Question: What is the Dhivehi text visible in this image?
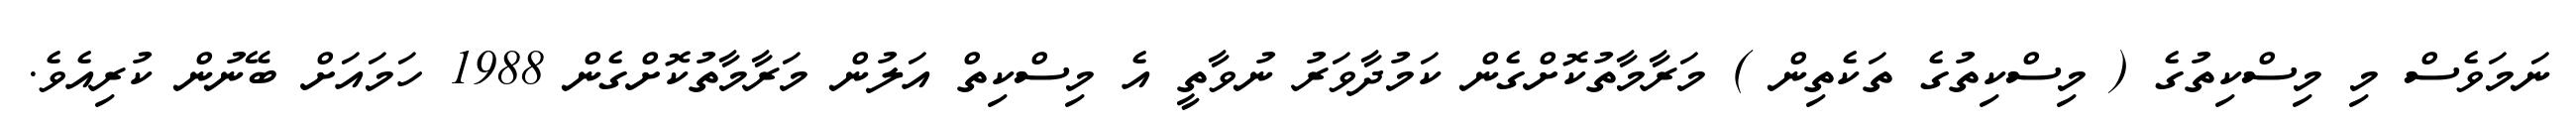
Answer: ނަމަވެސް މި މިސްކިތުގެ ( މިސްކިތުގެ ތަކެތިން ) މަރާމާތުކޮށްގެން ކަމުދާވަރު ނުވާތީ އެ މިސްކިތް އަލުން މަރާމާތުކޮށްގެން 1988 ހަމައަށް ބޭނުން ކުރިއެވެ.